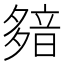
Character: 𩐞